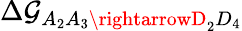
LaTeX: \Delta\mathcal{G}_{A_{2}A_{3}\rightarrowD_{2}D_{4}}